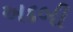
અદબી